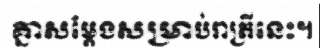
គ្នាសម្តែងសម្រាប់រាត្រីនេះ។